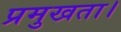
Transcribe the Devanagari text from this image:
प्रमुखता।